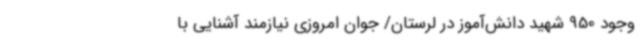
وجود 950 شهید دانش‌آموز در لرستان/ جوان امروزی نیازمند آشنایی با